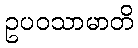
ဥပဝသာမာတိ